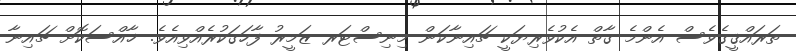
ތަރައްޤީގެވެސް އެންމެ ގާތް އެކުވެރިޔަކީ ޗައިނާކަން މިނިސްޓަރ ޒަމީރު ފާހަގަކުރެއްވިއެވެ. ޚާއްސަކޮށް ޗައިނާ